Rangoon Lunatic Asylum 1878-1892 - 1878-1892
Year: 1878
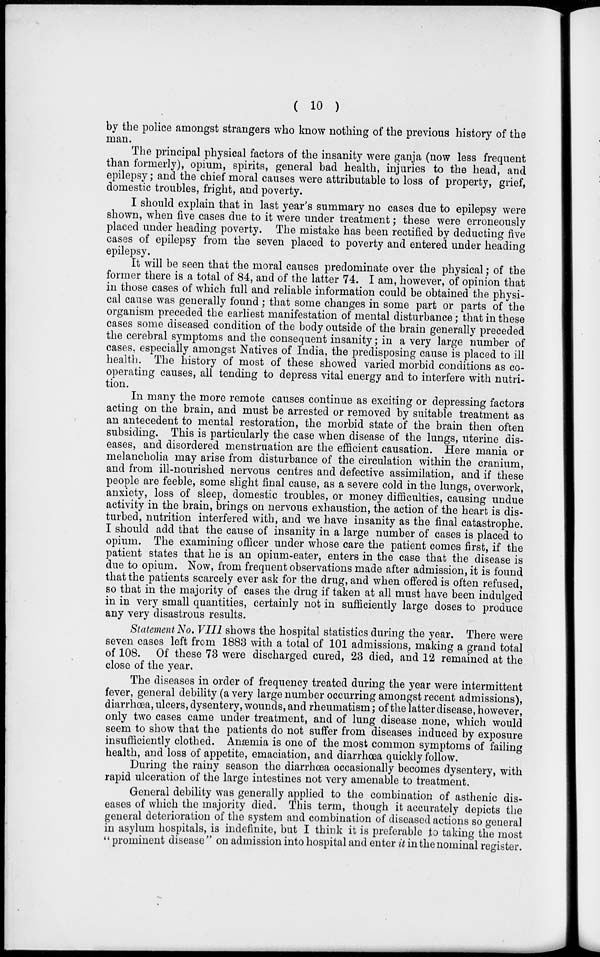
( 10 )
by the police amongst strangers who know nothing of the previous history of the
man.
The principal physical factors of the insanity were ganja (now less frequent
than formerly), opium, spirits, general bad health, injuries to the head, and
epilepsy; and the chief moral causes were attributable to loss of property, grief,
domestic troubles, fright, and poverty.
I should explain that in last year's summary no cases due to epilepsy were
shown, when five cases due to it were under treatment; these were erroneously
placed under heading poverty. The mistake has been rectified by deducting five
cases of epilepsy from the seven placed to poverty and entered under heading
epilepsy.
It will be seen that the moral causes predominate over the physical; of the
former there is a total of 84, and of the latter 74. I am, however, of opinion that
in those cases of which full and reliable information could be obtained the physi-
cal cause was generally found ; that some changes in some part or parts of the
organism preceded the earliest manifestation of mental disturbance; that in these
cases some diseased condition of the body outside of the brain generally preceded
the cerebral symptoms and the consequent insanity; in a very large number of
cases, especially amongst Natives of India, the predisposing cause is placed to ill
health. The history of most of these showed varied morbid conditions as co-
operating causes, all tending to depress vital energy and to interfere with nutri-
tion.
In many the more remote causes continue as exciting or depressing factors
acting on the brain, and must be arrested or removed by suitable treatment as
an antecedent to mental restoration, the morbid state of the brain then often
subsiding. This is particularly the case when disease of the lungs, uterine dis-
eases, and disordered menstruation are the efficient causation. Here mania or
melancholia may arise from disturbance of the circulation within the cranium,
and from ill-nourished nervous centres and defective assimilation, and if these
people are feeble, some slight final cause, as a severe cold in the lungs, overwork,
anxiety, loss of sleep, domestic troubles, or money difficulties, causing undue
activity in the brain, brings on nervous exhaustion, the action of the heart is dis-
turbed, nutrition interfered with, and we have insanity as the final catastrophe.
I should add that the cause of insanity in a large number of cases is placed to
opium. The examining officer under whose care the patient comes first, if the
patient states that he is an opium-eater, enters in the case that the disease is
due to opium. Now, from frequent observations made after admission, it is found
that the patients scarcely ever ask for the drug, and when offered is often refused,
so that in the majority of cases the drug if taken at all must have been indulged
in in very small quantities, certainly not in sufficiently large doses to produce
any very disastrous results.
Statement No. VIII shows the hospital statistics during the year. There were
seven cases left from 1883 with a total of 101 admissions, making a grand total
of 108. Of these 73 were discharged cured, 23 died, and 12 remained at the
close of the year.
The diseases in order of frequency treated during the year were intermittent
fever, general debility (a very large number occurring amongst recent admissions),
diarrhœa, ulcers, dysentery, wounds, and rheumatism; of the latter disease, however,
only two cases came under treatment, and of lung disease none, which would
seem to show that the patients do not suffer from diseases induced by exposure
insufficiently clothed. Anæmia is one of the most common symptoms of failing
health, and loss of appetite, emaciation, and diarrhœa quickly follow.
During the rainy season the diarrhœa occasionally becomes dysentery, with
rapid ulceration of the large intestines not very amenable to treatment.
General debility was generally applied to the combination of asthenic dis-
eases of which the majority died. This term, though it accurately depicts the
general deterioration of the system and combination of diseased actions so general
in asylum hospitals, is indefinite, but I think it is preferable to taking the most
" prominent disease " on admission into hospital and enter it in the nominal register.